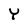
Character: Y